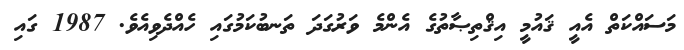
މަސައްކަތް އެއީ ޤައުމީ އިޤްތިޞާތުގެ އެންމެ ވަރުގަދަ ތަނބުކަމުގައި ހެއްދެވިއެވެ. 1987 ގައި